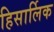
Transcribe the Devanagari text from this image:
हिसार्लिक